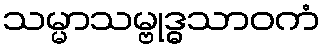
သမ္မာသမ္ဗုဒ္ဓသာဝကံ